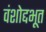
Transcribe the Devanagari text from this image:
वंशोद्दभूत